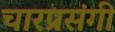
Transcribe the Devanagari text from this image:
चारप्रसंगी